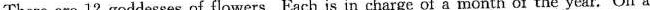
There are 12 goddesses of flowers. Each is in charge of a month of the year.On a